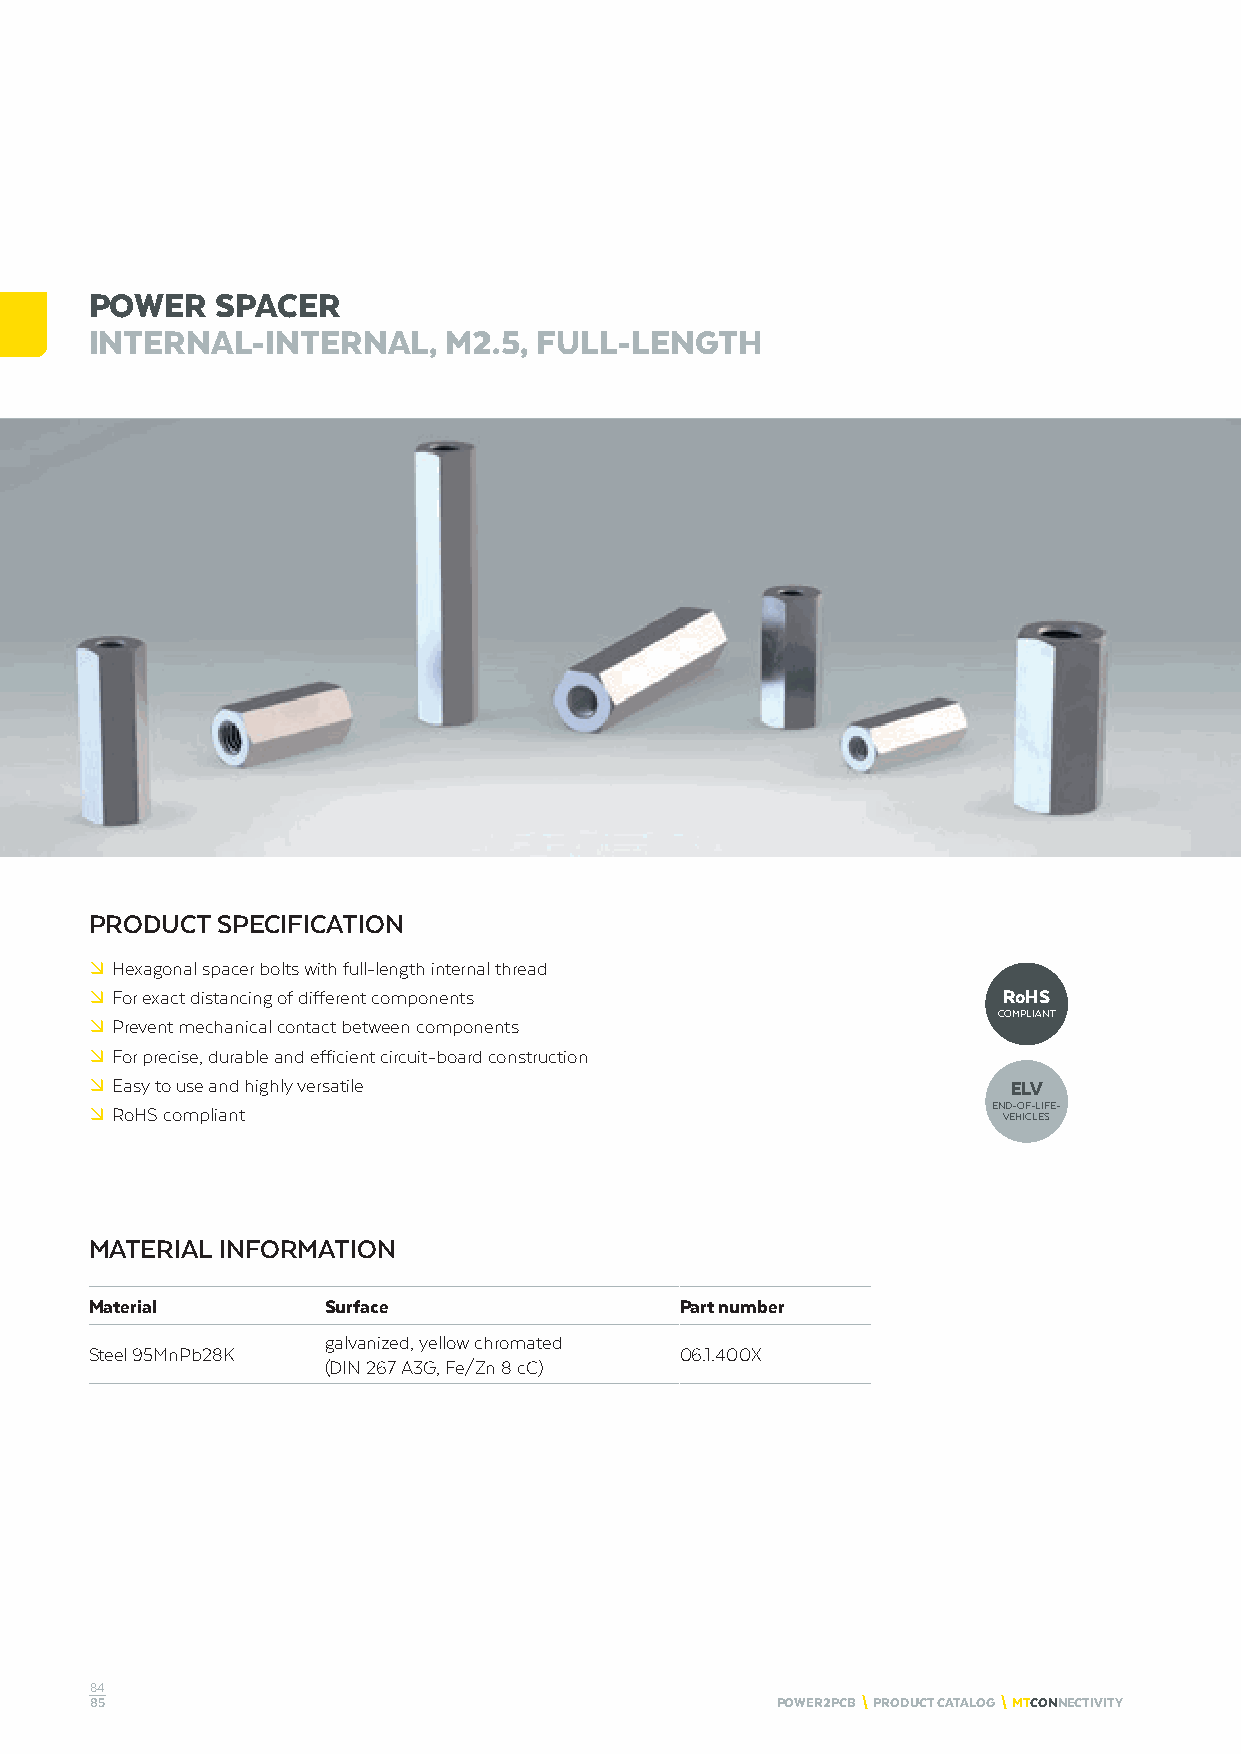
POWER   SPACER
 INTERNAL-INTERNAL,     M2.5, FULL-LENGTH
 PRODUCT SPECIFICATION
 º Hexagonal spacer bolts with full-length internal thread
 º For exact distancing of different components              RoHS
 COMPLIANT
 º Prevent mechanical contact between components
 º For precise, durable and efficient circuit-board construction
 º Easy to use and highly versatile                           ELV
 º RoHS compliant                                            END-OF-LIFE-
 VEHICLES
 MATERIAL INFORMATION
 Material        Surface                Part number
 galvanized, yellow chromated
 Steel 95MnPb28K                        06.1.400X
 (DIN 267 A3G, Fe/Zn 8 cC)
 84
 85                                           POWER2PCB \ PRODUCT CATALOG \ MTCONNECTIVITY